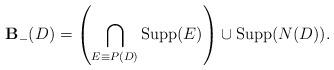
LaTeX: \begin{align*} \mathbf{B}_{-}(D)=\left(\bigcap_{E \equiv P(D)} \mathrm{Supp}(E)\right)\cup \mathrm{Supp}(N(D)). \end{align*}